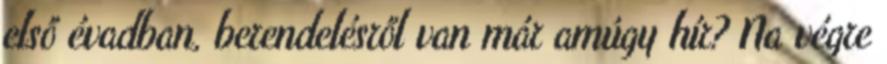
első évadban, berendelésről van már amúgy hír? Na végre